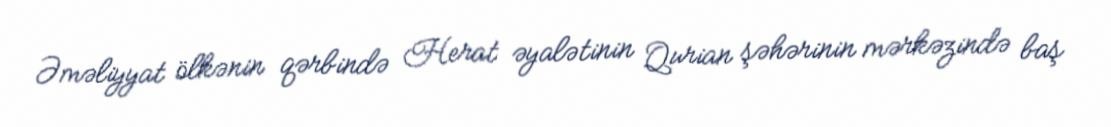
Əməliyyat ölkənin qərbində Herat əyalətinin Qurian şəhərinin mərkəzində baş